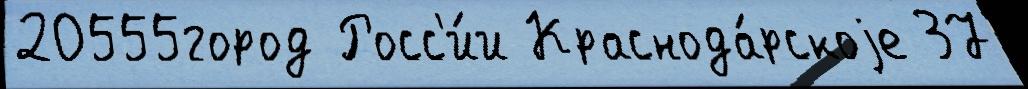
20555город Росс'и́и Краснода́рскоjе 37